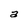
Character: a